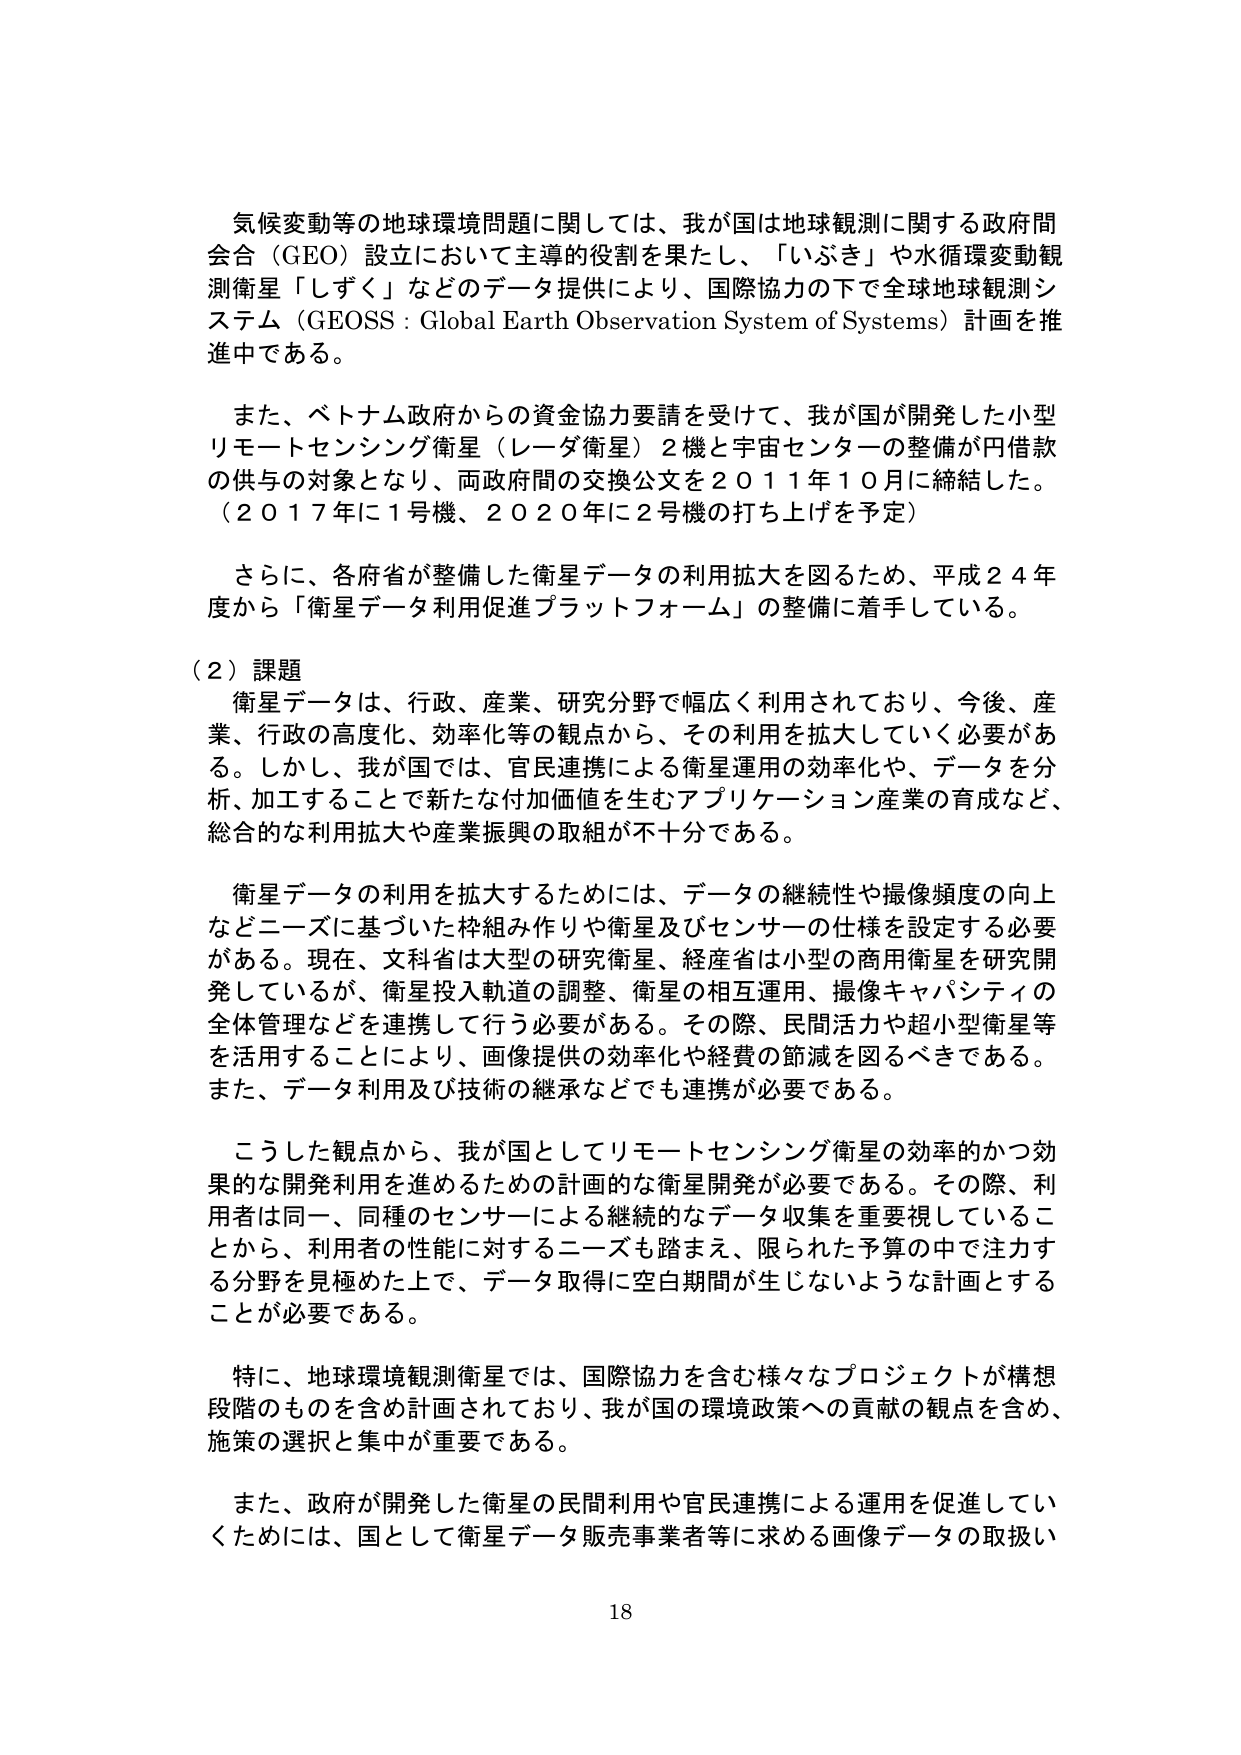
気候変動等の地球環境問題に関しては、我が国は地球観測に関する政府間会合（GEO）設立において主導的役割を果たし、「いぶき」や水循環変動観測衛星「しずく」などのデータ提供により、国際協力の下で全球地球観測システム（GEOSS：Global Earth Observation System of Systems）計画を推進中である。

また、ベトナム政府からの資金協力要請を受けて、我が国が開発した小型リモートセンシング衛星（レーダ衛星）2機と宇宙センターの整備が円借款の供与の対象となり、両政府間の交換公文を2011年10月に締結した。（2017年に1号機、2020年に2号機の打ち上げを予定）

さらに、各府省が整備した衛星データの利用拡大を図るため、平成24年度から「衛星データ利用促進プラットフォーム」の整備に着手している。

（2）課題
衛星データは、行政、産業、研究分野で幅広く利用されており、今後、産業、行政の高度化、効率化等の観点から、その利用を拡大していく必要がある。しかし、我が国では、官民連携による衛星運用の効率化や、データを分析、加工することで新たな付加価値を生むアプリケーション産業の育成など、総合的な利用拡大や産業振興の取組が不十分である。

衛星データの利用を拡大するためには、データの継続性や撮像頻度の向上などニーズに基づいた枠組み作りや衛星及びセンサーの仕様を設定する必要がある。現在、文科省は大型の研究衛星、経産省は小型の商用衛星を研究開発しているが、衛星投入軌道の調整、衛星の相互運用、撮像キャパシティの全体管理などを連携して行う必要がある。その際、民間活力や超小型衛星等を活用することにより、画像提供の効率化や経費の節減を図るべきである。また、データ利用及び技術の継承などでも連携が必要である。

こうした観点から、我が国としてリモートセンシング衛星の効率的かつ効果的な開発利用を進めるための計画的な衛星開発が必要である。その際、利用者は同一、同種のセンサーによる継続的なデータ収集を重要視していることから、利用者の性能に対するニーズも踏まえ、限られた予算の中で注力する分野を見極めた上で、データ取得に空白期間が生じないような計画とすることが必要である。

特に、地球環境観測衛星では、国際協力を含む様々なプロジェクトが構想段階のものを含め計画されており、我が国の環境政策への貢献の観点を含め、施策の選択と集中が重要である。

また、政府が開発した衛星の民間利用や官民連携による運用を促進していくためには、国として衛星データ販売事業者等に求める画像データの取扱い

18